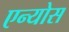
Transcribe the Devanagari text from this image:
एन्योस